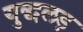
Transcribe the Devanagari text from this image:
युद्धलड़